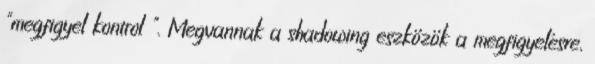
"megfigyel kontrol ". Megvannak a shadowing eszközök a megfigyelésre,